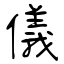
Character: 儀